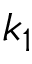
k _ { 1 }